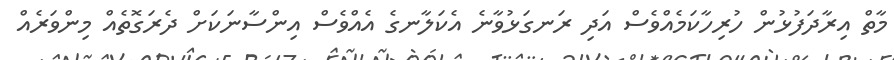
މާތް އިރާދަފުޅުން ހުރިހާކަމެއްވެސް އަދި ރަނގަޅުވާނެ އެކަލާނގެ އެއްވެސް އިންސާނަކަށް ދެރަގޮތެއް މިންވަރެއް